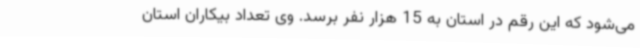
می‌شود که این رقم در استان به 15 هزار نفر برسد. وی تعداد بیکاران استان